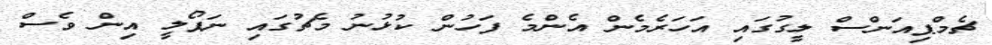
ޗެމްޕިއަންސް ލީގުގައި އަހަރެމެން އެންމެ ފަހުން ކުޅުނު މެޗުގައި ނަޕޯލީ އިން ވެސް